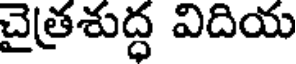
చైత్రశుద్ధ విదియ